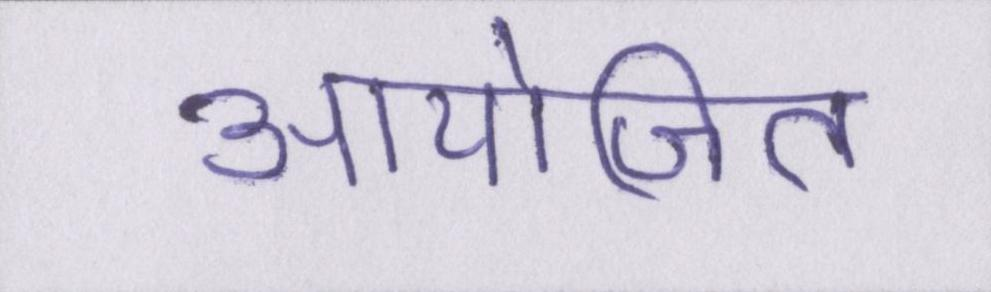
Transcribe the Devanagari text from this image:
आयोजित